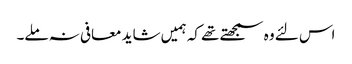
اس لئے وہ سمجھتے تھے کہ ہمیں شاید معافی نہ ملے۔